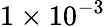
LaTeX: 1\times 10^{-3}